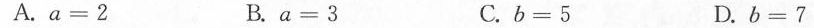
A.$$a = 2$$ B.$$a = 3$$ C.$$b = 5$$ D.$$b = 7$$